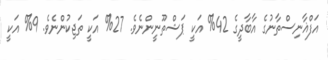
އަފްޣާނިސްތާނުގެ އާބާދީގެ 42% އަކީ ޕަޝްތޫނީންނެވެ. 27% އަކީ ތަޖިކުންނެވެ. 9% އަކީ